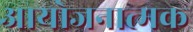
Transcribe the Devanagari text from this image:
आयोजनात्मक